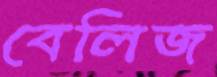
বেলিজ